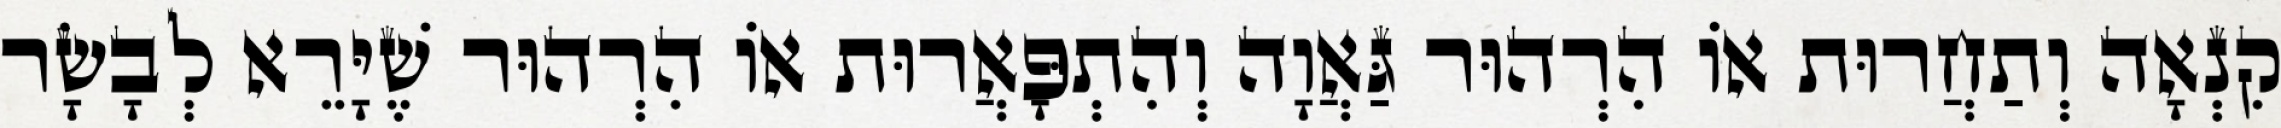
קִנְאָה וְתַחֲרוּת אוֹ הִרְהוּר גַּאֲוָה וְהִתְפָּאֲרוּת אוֹ הִרְהוּר שֶׁיָּרֵא לְבָשָׂר